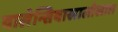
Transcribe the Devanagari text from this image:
वालेन्सियाखालोखाल